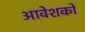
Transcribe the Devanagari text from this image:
आवेशकों